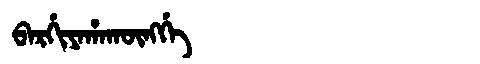
Manchu: ᠪᠠᡵᡤᡳᠶᠠᡥᠠᡴᡡᠩᡤᡝ
Romanization: BARGIYAHAKŪNGGE